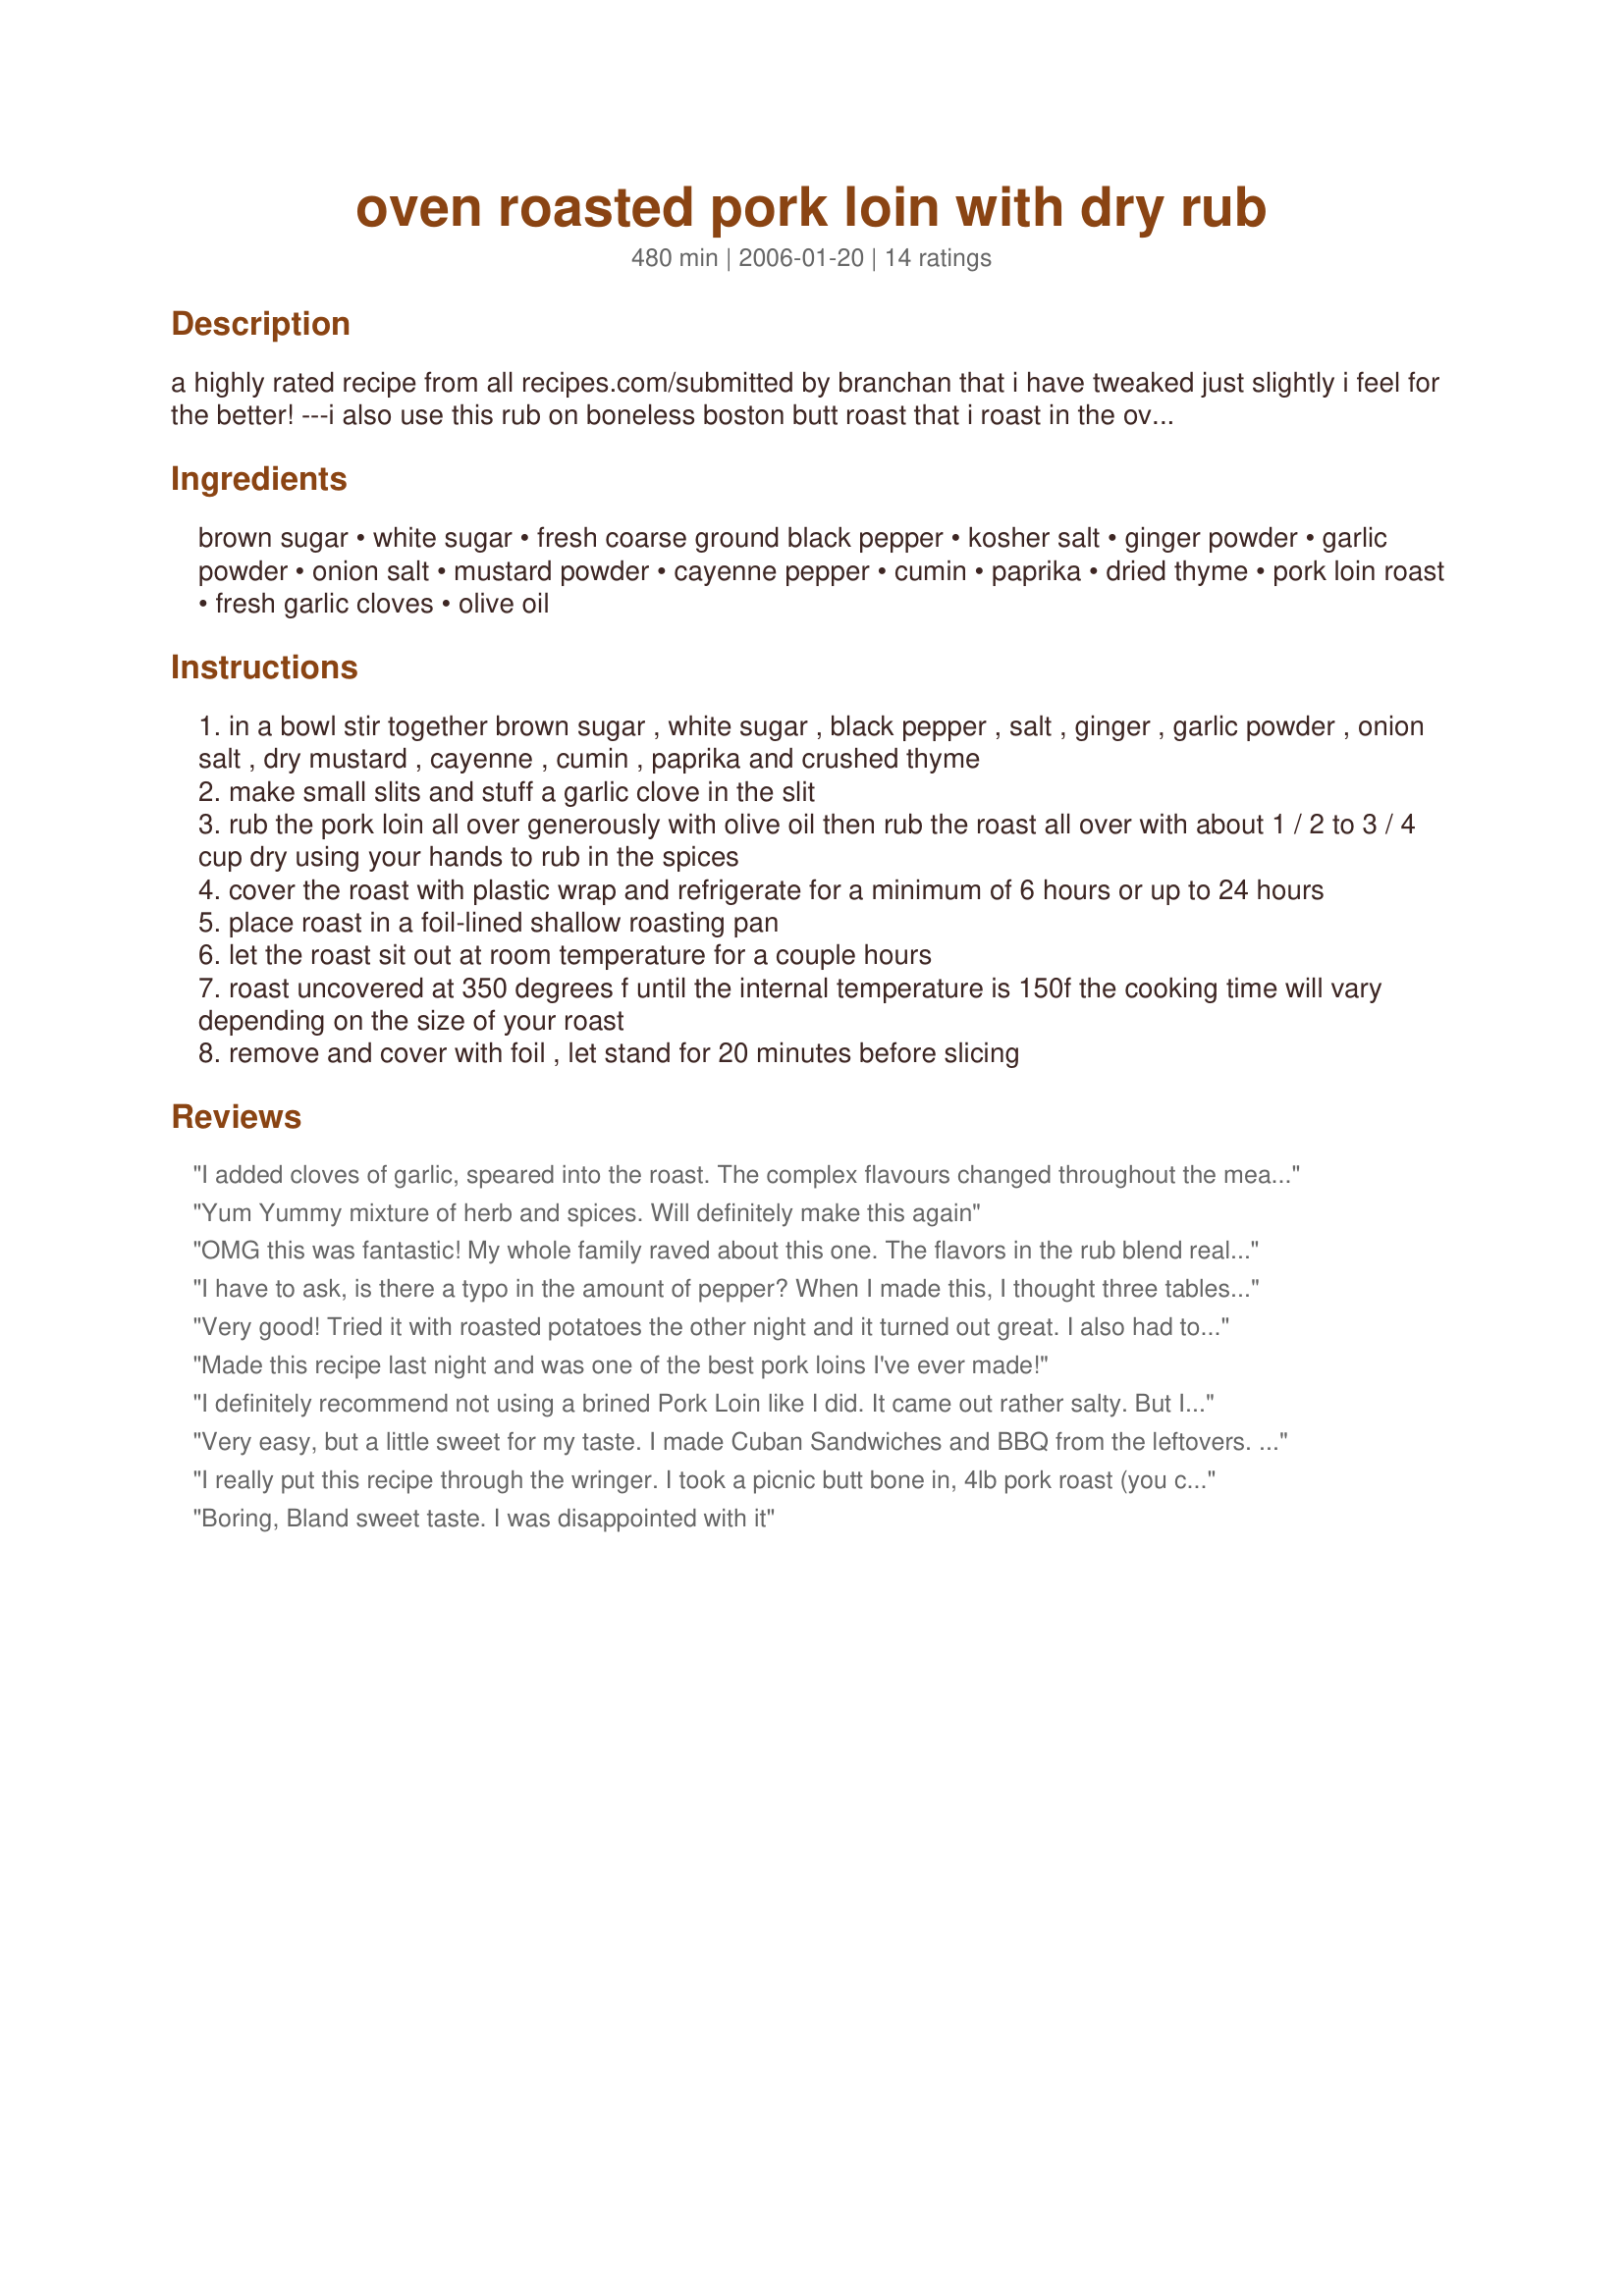
oven roasted pork loin with dry rub
Preparation time: 480 minutes

a highly rated recipe from all recipes.com/submitted by branchan that i have tweaked just slightly i feel for the better! ---i also use this rub on boneless boston butt roast that i roast in the oven and then slice, for a pork loin about 1/2 to 3/4 cup of the rub should be enough although you may use more if desired --- the roast needs to marinate for a minimum of 6 hours or up to 24 hours in the fridge, then must sit out at room temperature for a couple hours before roasting, so plan well in advance, make certain to line your pan completely with foil, because of the brown sugar it will be very hard to clean, or use a heavy disposable foil pan.

Ingredients:
brown sugar, white sugar, fresh coarse ground black pepper, kosher salt, ginger powder, garlic powder, onion salt, mustard powder, cayenne pepper, cumin, paprika, dried thyme, pork loin roast, fresh garlic cloves, olive oil

Steps:
in a bowl stir together brown sugar , white sugar , black pepper , salt , ginger , garlic powder , onion salt , dry mustard , cayenne , cumin , paprika and crushed thyme
make small slits and stuff a garlic clove in the slit
rub the pork loin all over generously with olive oil then rub the roast all over with about 1 / 2 to 3 / 4 cup dry using your hands to rub in the spices
cover the roast with plastic wrap and refrigerate for a minimum of 6 hours or up to 24 hours
place roast in a foil-lined shallow roasting pan
let the roast sit out at room temperature for a couple hours
roast uncovered at 350 degrees f until the internal temperature is 150f the cooking time will vary depending on the size of your roast
remove and cover with foil , let stand for 20 minutes before slicing

Reviews:
I added cloves of garlic, speared into the roast. The complex flavours changed throughout the meal. Instead of water, I added white wine. I even put some in the bottom of the pan. I've sent along photos and I hope they inspire you. If you're ever travelling to Prince Rupert, located on the southern tip of the Alaskan panhandle, give me a call. I might even cook you up a roast ...
Thank you for the inspiration.
Yum Yummy mixture of herb and spices. Will definitely make this again
OMG this was fantastic! My whole family raved about this one. The flavors in the rub blend really well. I'm going to try this on ribs next. A winner of a recipe!
I have to ask, is there a typo in the amount of pepper? When I made this, I thought three tablespoons was alot, but based on all the reviews, I followed the recipe to a T. The taste of pepper was very overpowering and we had to scrape off the outer skin. I did marinate for two days and the meat was VERY tender and juicy. I will make this again using about 3 TSP of pepper to give it a fairer shake and hopefully a higher review. I think this recipe has promise.
Very good! Tried it with roasted potatoes the other night and it turned out great. I also had to add about a cup of water, but that just created its own pan sauce. I was also making a much smaller roast, so mine only took about 45min. 
I also love that there is so much rub left over. I can't wait to try it on chicken!
Made this recipe last night and was one of the best pork loins I've ever made!
I definitely recommend not using a brined Pork Loin like I did. It came out rather salty. But I will say, the leftovers made an amazing salad additive. 

Good taste.
Very easy, but a little sweet for my taste. I made Cuban Sandwiches and BBQ from the leftovers. A hit with the family.
I really put this recipe through the wringer. I took a picnic butt bone in, 4lb pork roast (you can't get a cheaper cut) & marinated it for 3 days. I cooked it at 350 degrees & it took 2.5hrs. I recommend you follow the recipe's recommendation 150 degrees internal then REMOVE!. I cut the recipe in half for 4lbs & had more then I needed, but what the heck I used it all anyway. It was fantastic!!!!!! I do not think, I have ever used that word in a review ? Juicy, tender, tasty. I plan on using this often & will now make a full recipe to try on other cuts. Including the very less expensive. The remains of this meat have also been used for sandwiches & the bone will be used for a soup next week. Great recipe Kitten, thank you for posting !!!
Boring, Bland sweet taste. I was disappointed with it
This rub was so great on my pork roast. Everyone at the table wanted to know what I did to it that made it so good! I roasted at 350* for about 1.5 hours, until the internal temp was 160ish. The result was the most tender and flavorful pork roast to date. I put the remaining rub into a zipper bag for storage, but I'm sure it won't last long, as my family is already asking when we'll have it again. Thanks for another great one, Kitz! NOTE: Because of the sugar content in the rub, after about a half hour the drippings at the bottom of the pan were starting to burn. I added about a cup of water to alleviate this. I ended up adding another 1/2 cup or so toward the end. If I didn't do this, I think the pan would have been a burnt mess!
Excellent depth of flavor and aroma. We grilled this on the rotisserie, laying aluminum foil on the grill to protect it (it is extremely messy). Will most definitely use this rub recipe again. Thanks! :)
Very good... Sweet and Spicy... I don't like cayenne pepper... and I should have not put a tsp in... but at the same time we loved it. Just dipped the meat in sour cream... to get rid of the heat... the kids loved that! ;O) Now my FIL who loves heat would have laughed at me... since I know it really wasn't that hot. LOL... I only let it sit for 3 hours... but that was enough... loved it!! Oh and I didn't have onion salt... used onion powder...
I didn't know what the oven should be on... so I started at 400 and immediately turned it down to 350 once I had it in the oven. I did 1.5 hours for 4 lbs... the dark meat was juicy the whiter meat not so much. I took it out well over 160. Oh well..

Had this with broccoli and baked potato... ok microwaved... I have kids...
wow that was great i am going to try it on chicken. thanks for sharing!
